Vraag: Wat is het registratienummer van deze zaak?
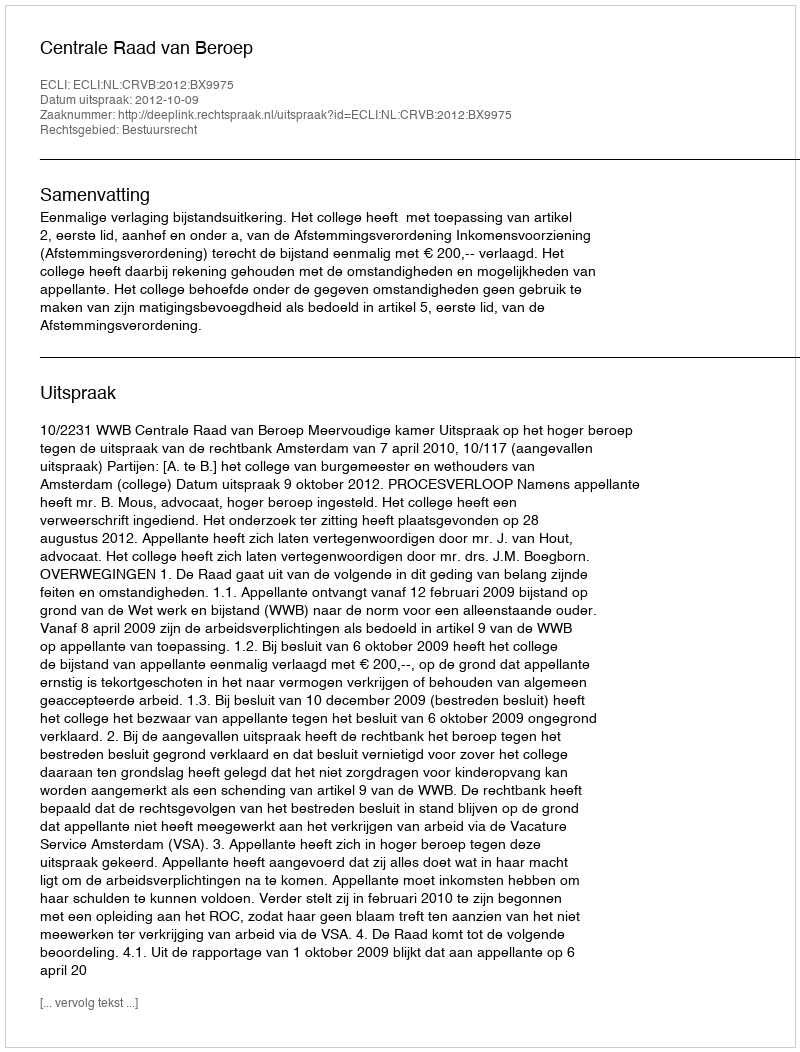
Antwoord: http://deeplink.rechtspraak.nl/uitspraak?id=ECLI:NL:CRVB:2012:BX9975